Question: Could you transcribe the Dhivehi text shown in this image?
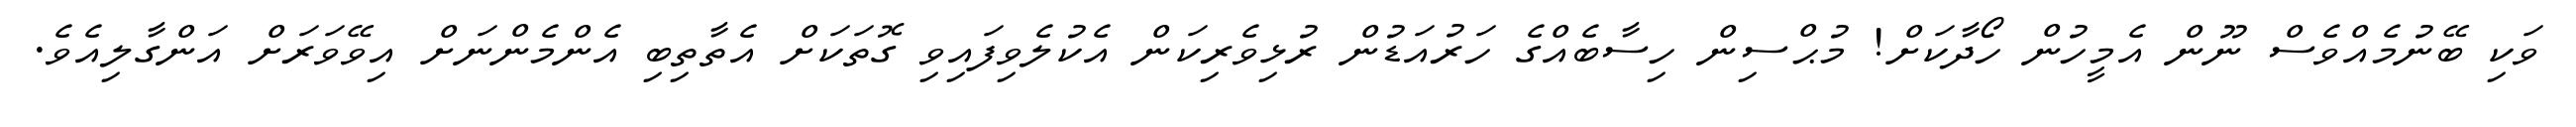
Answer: ވަކި ބޭނުމެއްވެސް ނޫން އެމީހުން ހޯދާކަށް! މުޙްސިން ހިސާބެއްގެ ހަރުއަޑުން ރުޅިވެރިކަން އެކުލެވިފައިވި ގޮތަކަށް އެތާތިބި އެންމެންނަށް އިވޭވަރަށް އަންގާލިއެވެ.